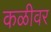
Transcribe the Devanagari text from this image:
कळीवर